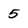
Character: 5